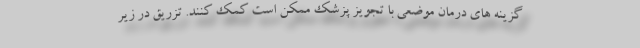
گزینه های درمان موضعی با تجویز پزشک ممکن است کمک کنند. تزریق در زیر